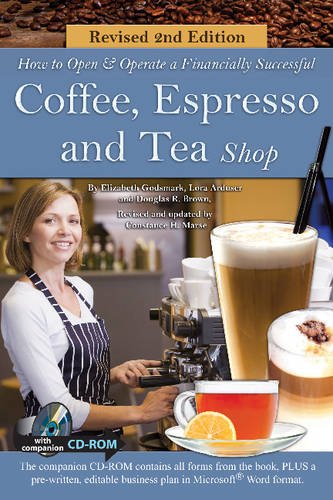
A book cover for How to Open and Operate a Financially Successful Coffee, Espresso and Tea Shop with Companion CD-ROM Revised 2nd Edition; Douglas R Brown; Cookbooks, Food & Wine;